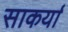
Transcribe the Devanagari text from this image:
साकर्या